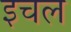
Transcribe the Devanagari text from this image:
इचल